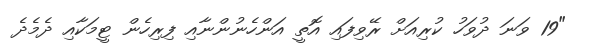
"19 ވަނަ ދުވަހު ކުރިއަށް ރޭވިފައި އޮތީ އަންހެނުންނާއި ފިރިހެން ޓީމަކާއި ދެމެދެ